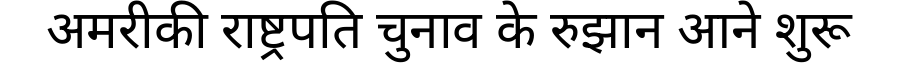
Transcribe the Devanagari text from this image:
अमरीकी राष्ट्रपति चुनाव के रुझान आने शुरू